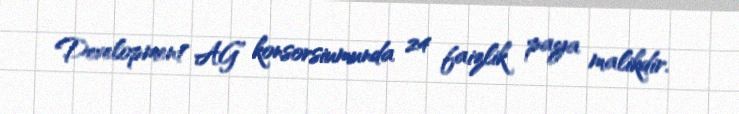
Development AG” konsorsiumunda 24 faizlik paya malikdir.